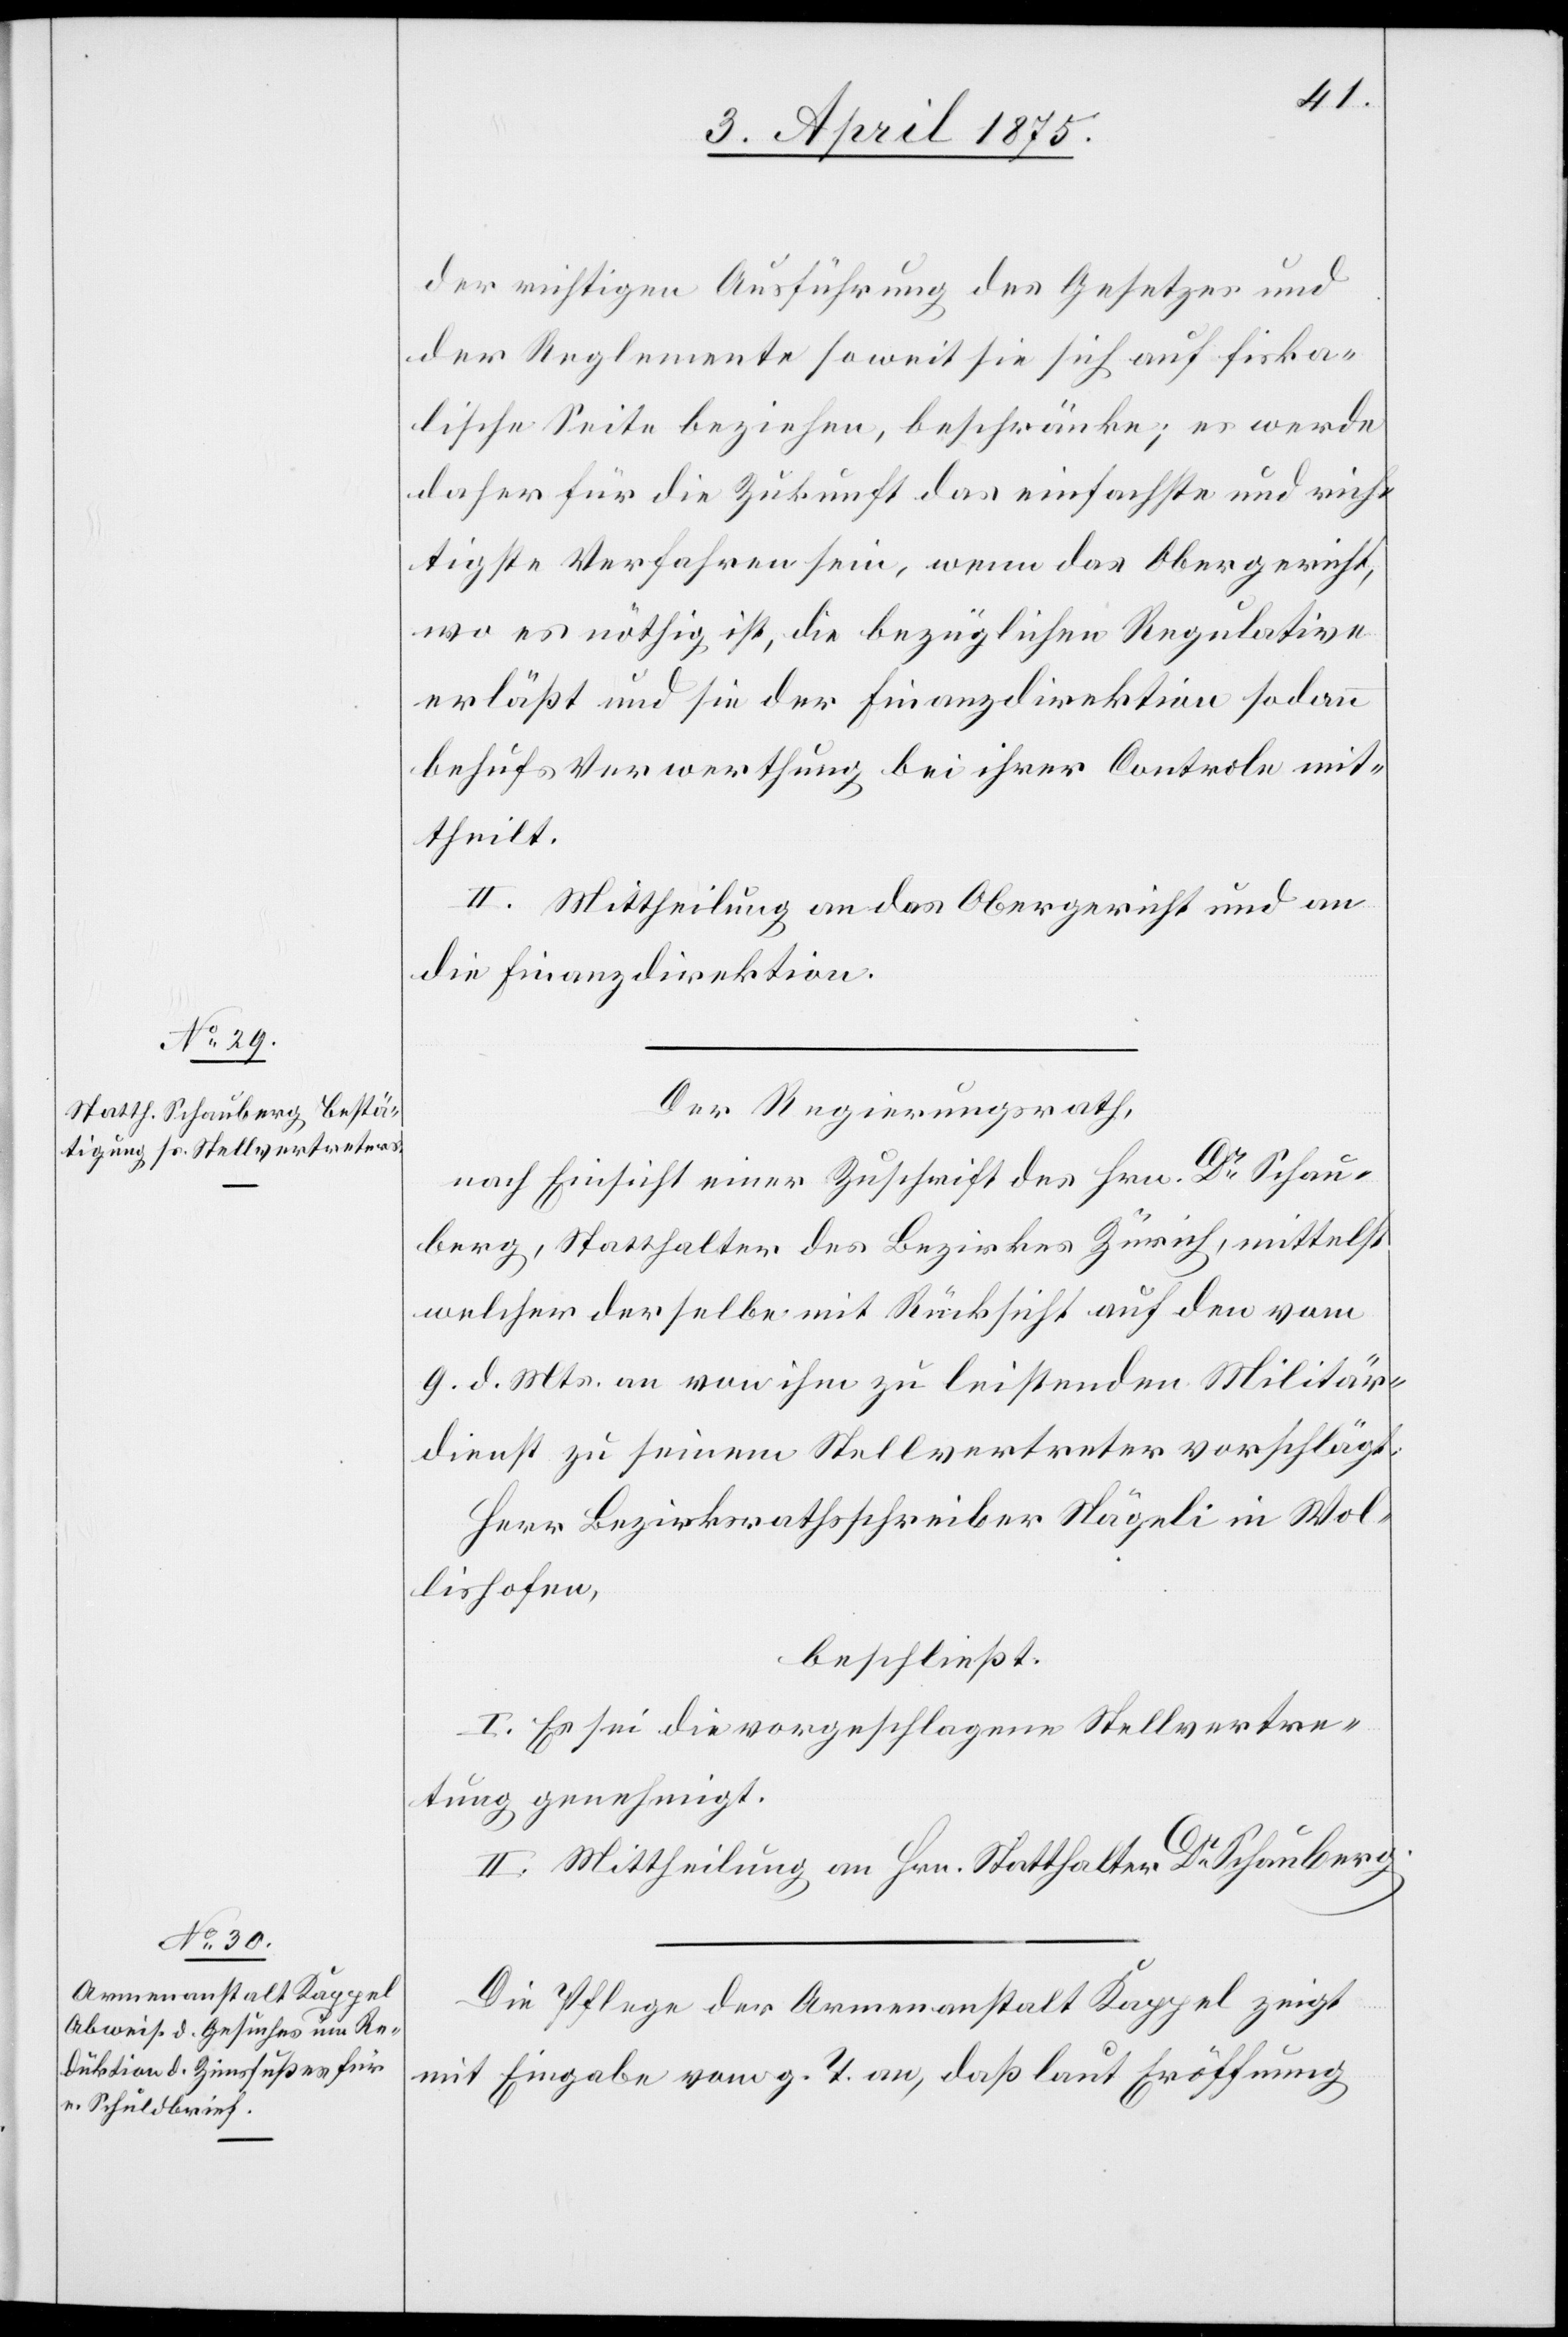
der richtigen Ausführung des Gesetzes und
der Reglemente soweit sie sich auf fiska¬
lische Seite beziehen, beschränke; es werde
daher für die Zukunft das einfachste und rich¬
tigste Verfahren sein, wenn das Obergericht,
wo es nöthig ist, die bezüglichen Regulative
erläßt und sie der Finanzdirektion sodann
behufs Verwerthung bei ihrer Controle mit¬
theilt.
II. Mittheilung an das Obergericht und an
die Finanzdirektion.
Der Regierungsrath,
nach Einsicht einer Zuschrift des Hrn. Dr Schau¬
berg, Statthalter des Bezirkes Zürich, mittelst
welcher derselbe mit Rücksicht auf den vom
9. d. Mts. an von ihm zu leistenden Militär¬
dienst zu seinem Stellvertreter vorschlägt:
Herr Bezirksrathschreiber Nägeli in Wol¬
lishofen,
beschließt:
I. Es sei die vorgeschlagene Stellvertre¬
tung genehmigt.
II. Mittheilung an Hrn. Statthalter Dr Schauberg.
Die Pflege der Armenanstalt Kappel zeigt
mit Eingabe vom g. T. an, daß laut Eröffnung